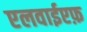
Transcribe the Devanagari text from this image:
एलवाईएफ़